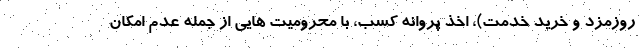
روزمزد و خرید خدمت)، اخذ پروانه کسب، با محرومیت هایی از جمله عدم امکان